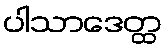
ပါသာဒေတ္ထ